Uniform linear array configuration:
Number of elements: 4
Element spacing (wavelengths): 0.25
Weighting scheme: kaiser
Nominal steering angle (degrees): -30
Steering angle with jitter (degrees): -31.657
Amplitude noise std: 0.05
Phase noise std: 0.05

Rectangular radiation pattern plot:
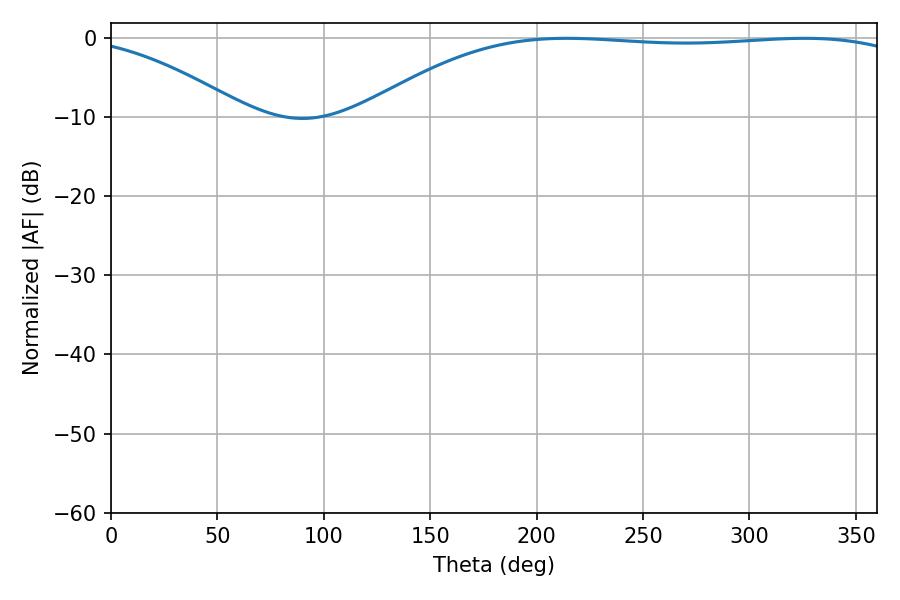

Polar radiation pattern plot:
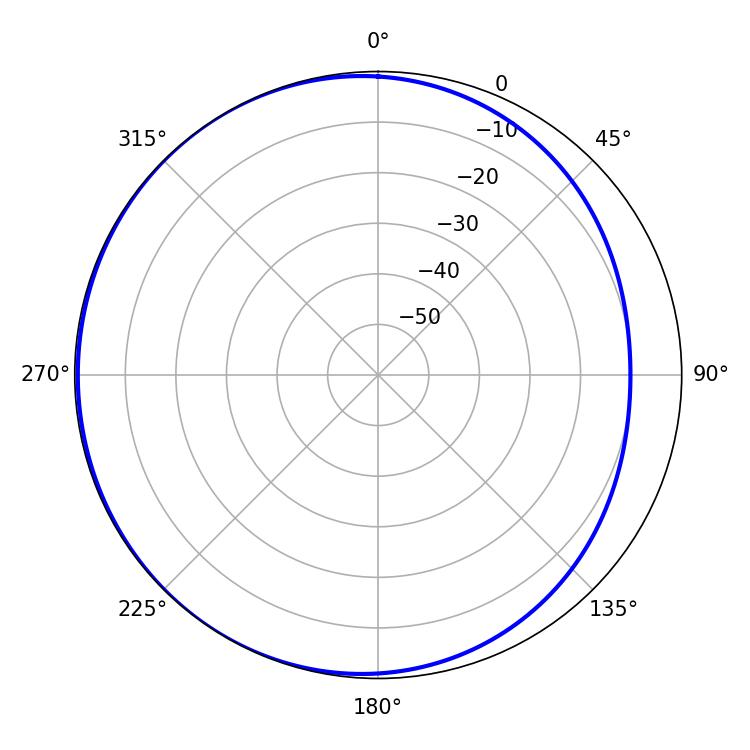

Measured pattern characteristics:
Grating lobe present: FALSE
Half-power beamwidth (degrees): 202.86
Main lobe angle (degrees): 214.02